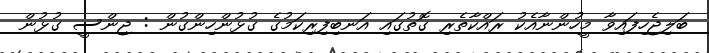
ބަލިޖެހިފައިވާ މީހުންނާއެކު ރައްކާތެރި ގޮތުގައި އަނބިފިރިކަމުގެ ގުޅުންހިންގުން : ޖިންސީ ގުޅުން